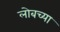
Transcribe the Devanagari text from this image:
लोबच्या